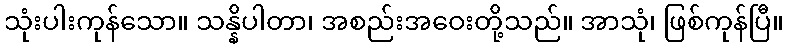
သုံးပါးကုန်သော။ သန္နိပါတာ၊ အစည်းအဝေးတို့သည်။ အာသုံ၊ ဖြစ်ကုန်ပြီ။